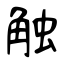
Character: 触